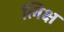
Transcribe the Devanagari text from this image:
लिक्ष